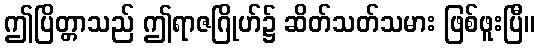
ဤပြိတ္တာသည် ဤရာဇဂြိုဟ်၌ ဆိတ်သတ်သမား ဖြစ်ဖူးပြီ။